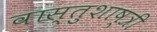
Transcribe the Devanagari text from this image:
वास्तुशाष्त्री